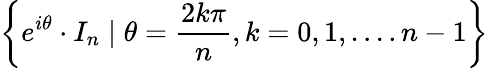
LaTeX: \left\lbrace e^{i\theta}\cdot I_{n}\mid\theta={\frac{2k\pi}{n}},k=0,1,....n-1\right\rbrace